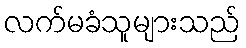
လက်မခံသူများသည်